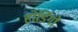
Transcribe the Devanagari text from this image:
होर्डिगों